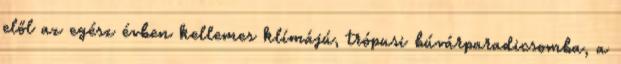
elől az egész évben kellemes klímájú, trópusi búvárparadicsomba, a